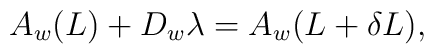
A_w(L) + D_w \lambda = A_w(L + \delta L),